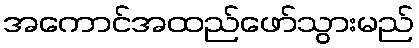
အကောင်အထည်ဖော်သွားမည်